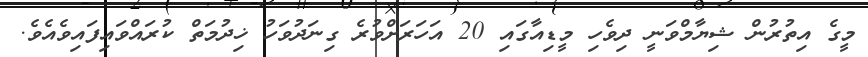
މީގެ އިތުރުން ޝިޔާމްވަނީ ދިވެހި މީޑިއާގައި 20 އަހަރަށްވުރެ ގިނަދުވަހު ޚިދުމަތް ކުރައްވައިފައިވެއެވެ.